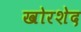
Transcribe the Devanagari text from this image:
खोरशेद